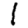
Digit: 1